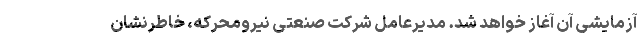
آزمایشی آن آغاز خواهد شد. مدیرعامل شرکت صنعتی نیرومحرکه، خاطرنشان